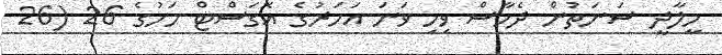
މީލާދީ ސަނަތުން ދެހާސް ވިހި ވަނަ އަހަރުގެ އޮގަސްޓް މަހުގެ 26 (26